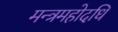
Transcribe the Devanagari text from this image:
मन्त्रमहोदधि